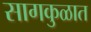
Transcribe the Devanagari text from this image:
सागकुळात